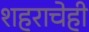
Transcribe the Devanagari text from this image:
शहराचेही